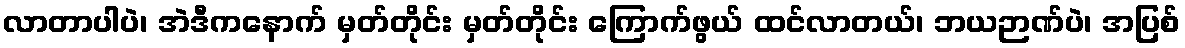
လာတာပါပဲ၊ အဲဒီကနောက် မှတ်တိုင်း မှတ်တိုင်း ကြောက်ဖွယ် ထင်လာတယ်၊ ဘယဉာဏ်ပဲ၊ အပြစ်